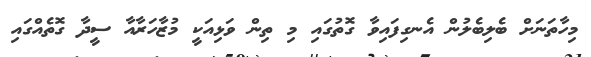
މިހާތަނަށް ބެލިބެލުން އެނގިފައިވާ ގޮތުގައި މި ތިން ވަޅިއަކީ މުޒާހަރާއާ ސީދާ ގޮތެއްގައި